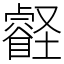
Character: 壡